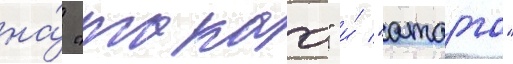
на́ "такао" и́ "атаго"